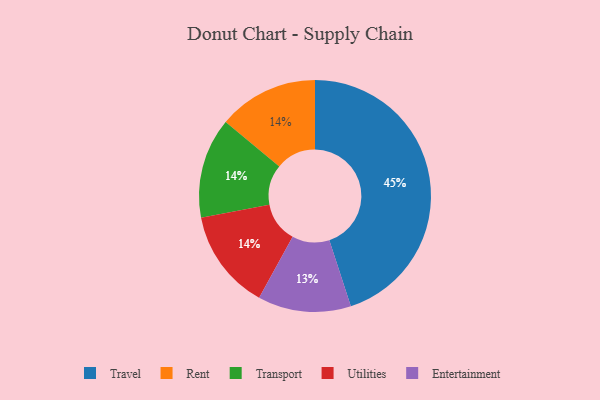
{"axis": {"x": "Category", "y": "Percentage"}, "legend": ["Entertainment", "Rent", "Transport", "Travel", "Utilities"], "data": [{"x": "Entertainment", "y": 13, "type": "Entertainment"}, {"x": "Travel", "y": 45, "type": "Travel"}, {"x": "Rent", "y": 14, "type": "Rent"}, {"x": "Transport", "y": 14, "type": "Transport"}, {"x": "Utilities", "y": 14, "type": "Utilities"}]}